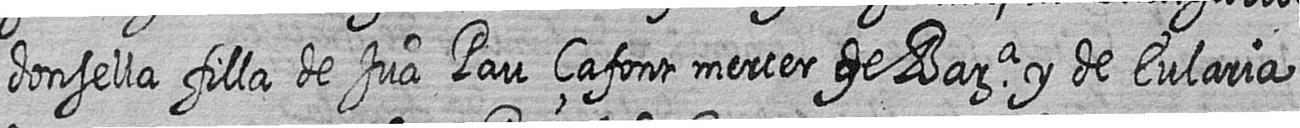
donsella filla de Jua Pau çafont mercer de Bara y de Eularia